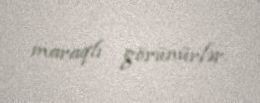
maraqlı görünürlər.